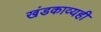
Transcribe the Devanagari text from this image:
खंडकाव्यही